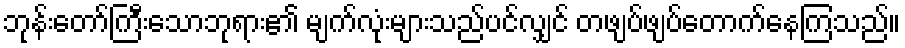
ဘုန်းတော်ကြီးသောဘုရား၏ မျက်လုံးများသည်ပင်လျှင် တဖျပ်ဖျပ်တောက်နေကြသည်။